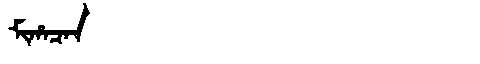
Manchu: ᠮᡳᡥᠠᠴᠠᠨ
Romanization: MIHACAN